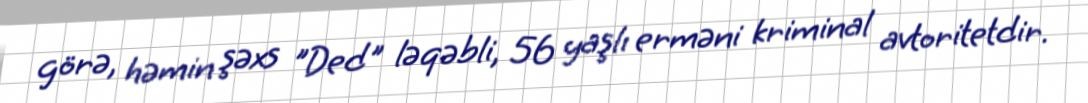
görə, həmin şəxs "Ded" ləqəbli, 56 yaşlı erməni kriminal avtoritetdir.